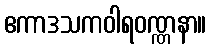
ဧကာဒသကဝါရဝဏ္ဏနာ။